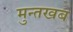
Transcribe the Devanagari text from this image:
मुन्तखब